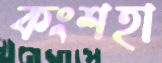
কংশহা